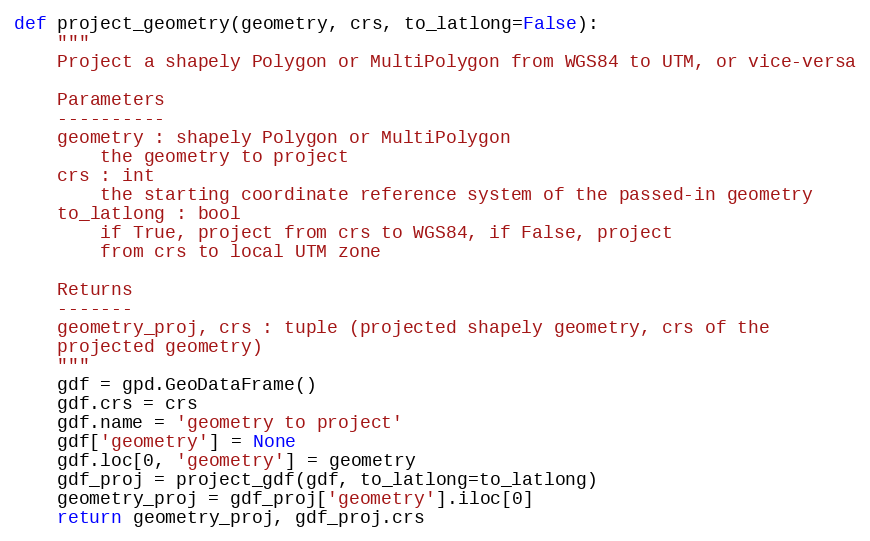
Language: Python
def project_geometry(geometry, crs, to_latlong=False):
    """
    Project a shapely Polygon or MultiPolygon from WGS84 to UTM, or vice-versa

    Parameters
    ----------
    geometry : shapely Polygon or MultiPolygon
        the geometry to project
    crs : int
        the starting coordinate reference system of the passed-in geometry
    to_latlong : bool
        if True, project from crs to WGS84, if False, project
        from crs to local UTM zone

    Returns
    -------
    geometry_proj, crs : tuple (projected shapely geometry, crs of the
    projected geometry)
    """
    gdf = gpd.GeoDataFrame()
    gdf.crs = crs
    gdf.name = 'geometry to project'
    gdf['geometry'] = None
    gdf.loc[0, 'geometry'] = geometry
    gdf_proj = project_gdf(gdf, to_latlong=to_latlong)
    geometry_proj = gdf_proj['geometry'].iloc[0]
    return geometry_proj, gdf_proj.crs